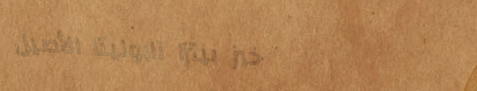
خبز بيتزا نابوليتا الأصيل